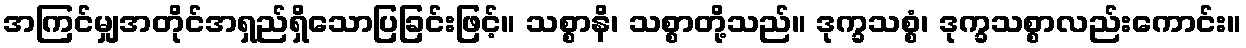
အကြင်မျှအတိုင်အရှည်ရှိသောပြခြင်းဖြင့်။ သစ္စာနိ၊ သစ္စာတို့သည်။ ဒုက္ခသစ္စံ၊ ဒုက္ခသစ္စာလည်းကောင်း။